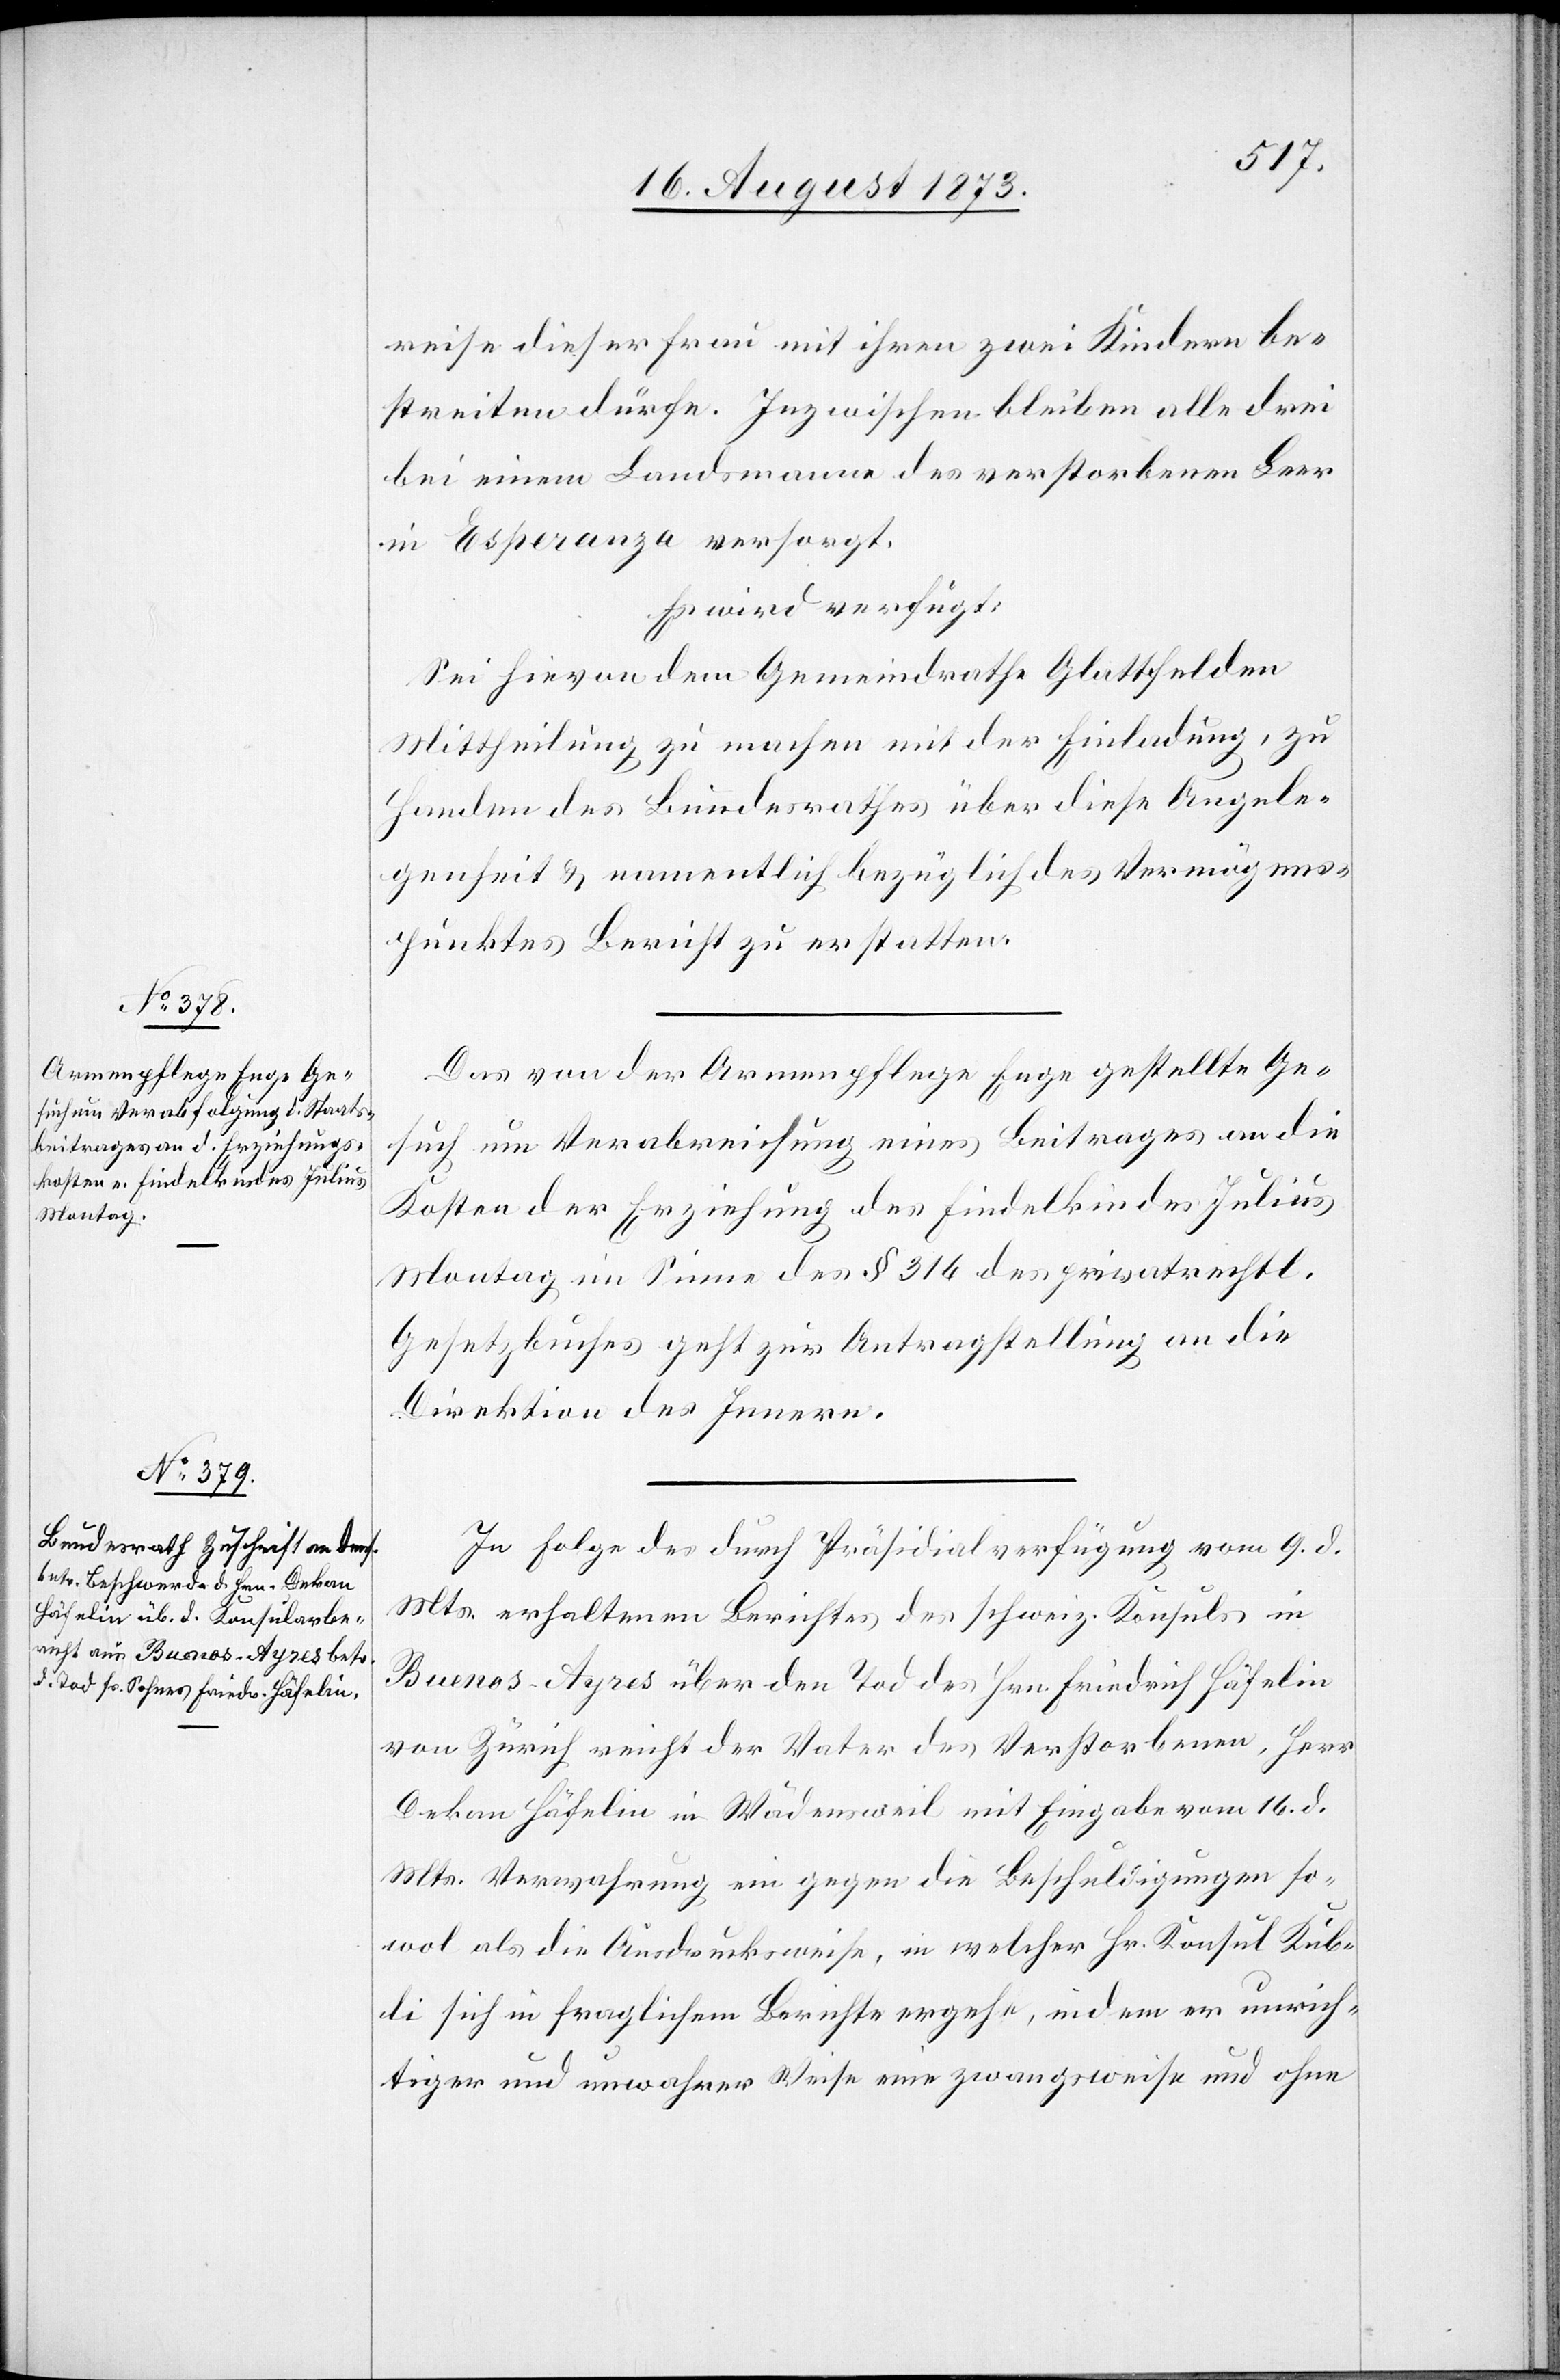
21. August 1873.]
reise dieser Frau mit ihren zwei Kindern be¬
streiten dürfe. Inzwischen bleiben alle drei
bei einem Landsmanne des verstorbenen Leer
in Esperanza versorgt.
Es wird verfügt:
Sei hievon dem Gemeindrathe Glattfelden
Mittheilung zu machen mit der Einladung, zu
Handen des Bundesrathes über diese Angele¬
genheit & namentlich bezüglich des Vermögens¬
punktes Bericht zu erstatten.
Das von der Armenpflege Enge gestellte Ge¬
such um Verabreichung eines Beitrages an die
Kosten der Erziehung des Findelkindes Julius
Montag im Sinne des § 316 des privatrechtl.
Gesetzbuches geht zur Antragstellung an die
Direktion des Innern.
In Folge des durch Präsidialverfügung vom 9. d.
Mts. erhaltenen Berichtes des schweiz. Konsuls in
Buenos-Ayres über den Tod des Hrn. Friedrich Häfelin
von Zürich reicht der Vater des Verstorbenen, Herr
Dekan Häfelin in Wädensweil mit Eingabe vom 16. d.
Mts. Verwahrung ein gegen die Beschuldigungen so¬
wol als die Ausdrucksweise in welcher Hr. Konsul Kub¬
li sich in fraglichem Bericht ergehe, indem er unrich¬
tiger und unwahrer Weise eine zwangsweise und ohne